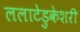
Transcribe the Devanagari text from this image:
ललाटेडुकेशरी